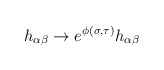
\begin{align*}h_{\alpha\beta}\to e^{\phi(\sigma,\tau)}h_{\alpha\beta}\end{align*}